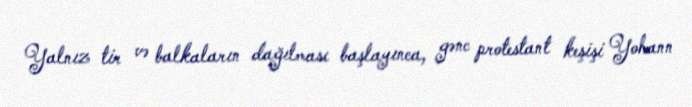
Yalnız tir və balkaların dağılması başlayınca, gənc protestant keşişi Yohann